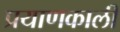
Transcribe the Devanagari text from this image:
प्रयाणकालीं